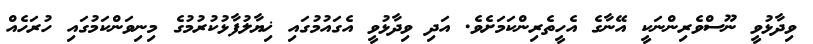
ވިދާޅުވީ ނޫސްވެރިންނަކީ އޭނާގެ އެހީތެރިންކަމަށެވެ. އަދި ވިދާޅުވީ އެގައުމުގައި ޚިޔާލުފާޅުކުރުމުގެ މިނިވަންކަމުގައި ހުރަހެއް